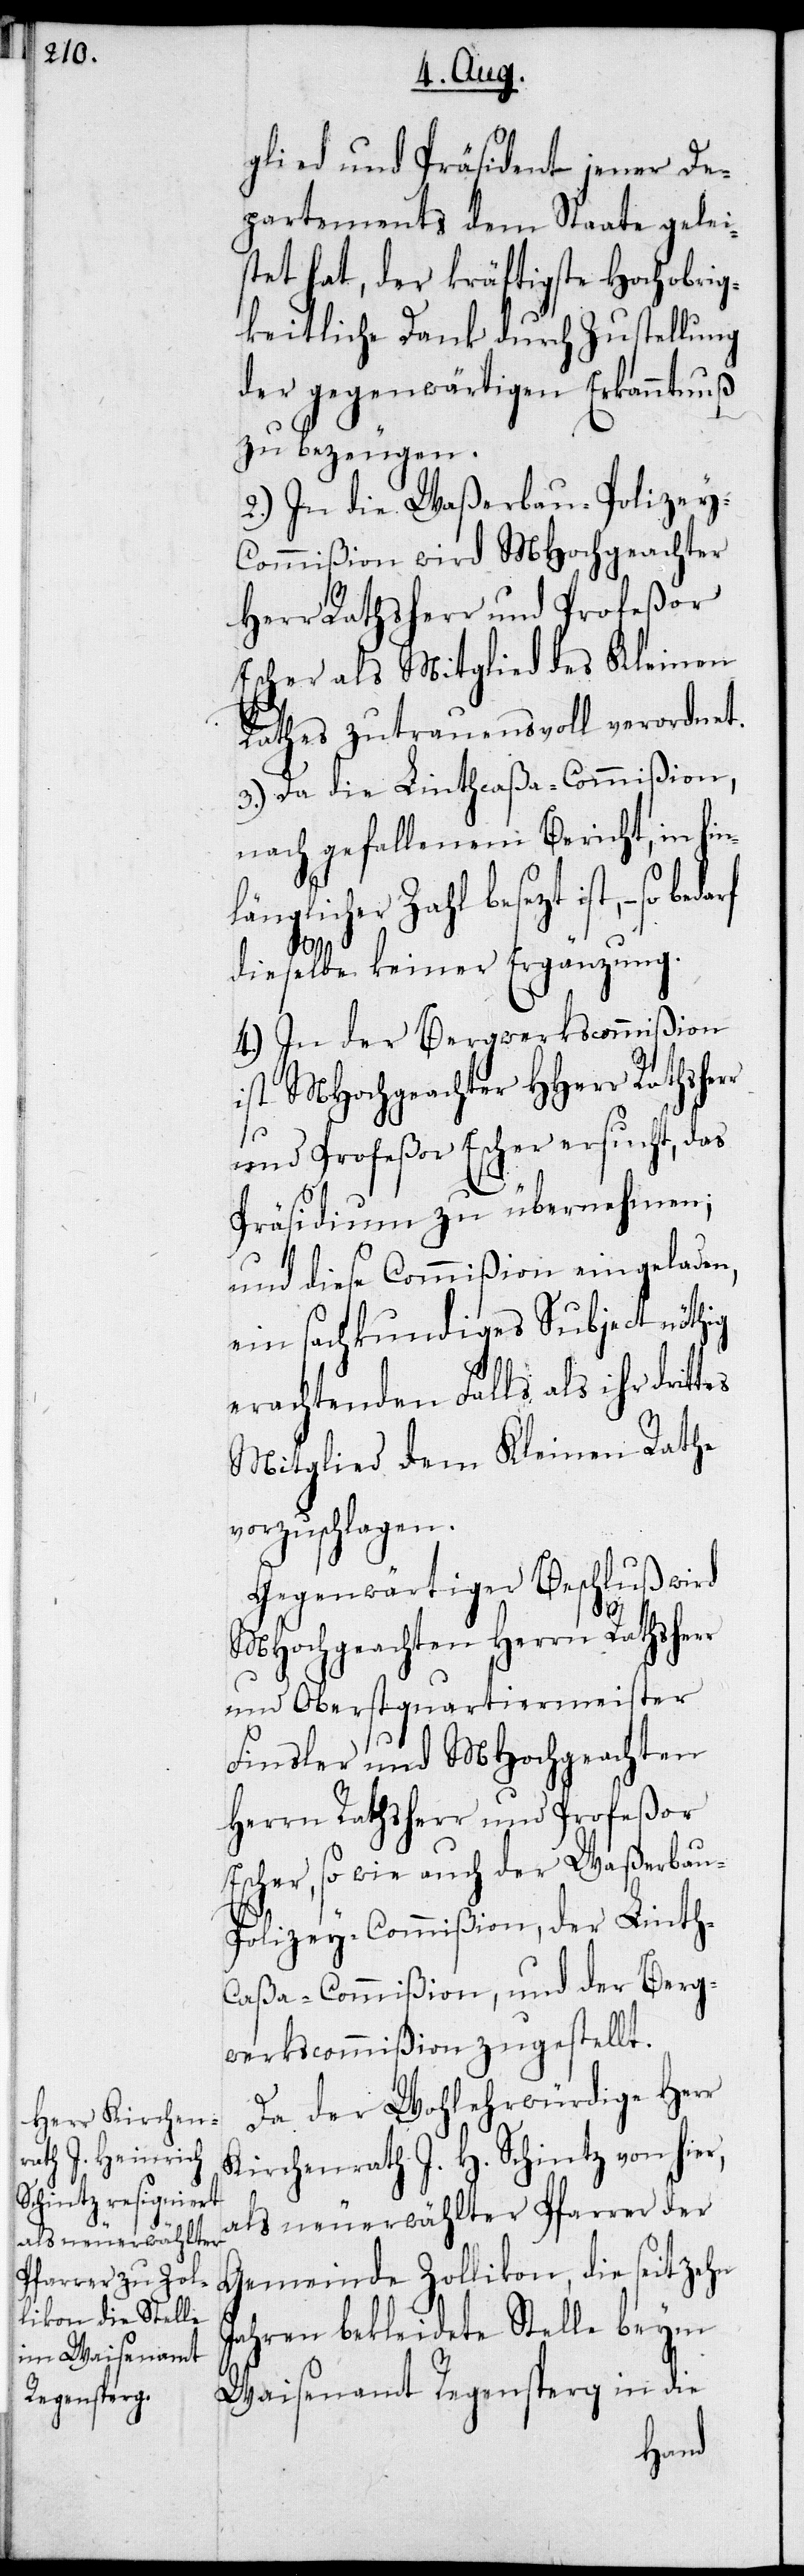
glied und Präsident jener De¬
partements dem Staate gelei¬
stet hat, der kräftigste Hochobrig¬
keitliche Dank durch Zustellung
der gegenwärtigen Erkanntnuß
zu bezeugen.
2.) In die Waßerbau-Polizey-C¬
ommißion wird MHochgeachter
Herr Rathsherr und Profeßor
Escher als Mitglied des Kleinen
Rathes zutrauensvoll verordnet.
3.) Da die Linthcaßa-Commißion,
nach gefallenem Bericht, in
länglicher Zahl besezt ist, – so
tes
dieselbe keiner Ergänzung.
4.) In der Bergwerkscommißion
ist MHochgeachter HHerr Rathsher¬
und Profeßor Escher ersucht, das
Präsidium zu übernehmen;
und diese Commißion eingeladen,
ein sachkundiges Subject nöthig
erachtenden Falls als ihr drit¬
Mitglied dem Kleinen Rath
vorzuschlagen.
Gegenwärtiger Beschluß wird
MHochgeachten Herrn Rathsherr
und Oberstquartiermeister
Finsler und MHochgeachten
Herrn Ratsherr und Profeßor
Escher, so wie auch der Waßerbau-P¬
olizey-Commißion, der Linth-C¬
aßa-Commißion, und der Berg¬
werkscommißion zugestellt.
Da der Wohlehrwürdige Herr
Kirchenrath J. H. Schintz von hier,
als neuerwählter Pfarrer der
Gemeinde Zollikon, die seit zehn
Jahren bekleidete Stelle beym
Waisenamt Regesnperg in die
hin¬